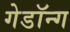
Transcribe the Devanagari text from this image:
गेडॉन्ग